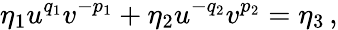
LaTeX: \eta_{1}u^{q_{1}}v^{-p_{1}}+\eta_{2}u^{-q_{2}}v^{p_{2}}=\eta_{3}\, ,